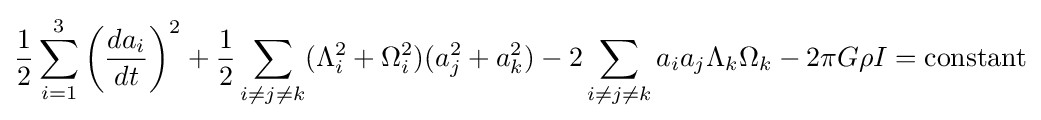
{\frac {1}{2}}\sum _{i=1}^{3}\left({\frac {da_{i}}{dt}}\right)^{2}+{\frac {1}{2}}\sum _{i\neq j\neq k}(\Lambda _{i}^{2}+\Omega _{i}^{2})(a_{j}^{2}+a_{k}^{2})-2\sum _{i\neq j\neq k}a_{i}a_{j}\Lambda _{k}\Omega _{k}-2\pi G\rho I={\text{constant}}